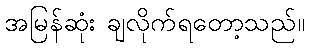
အမြန်ဆုံး ချလိုက်ရတော့သည်။